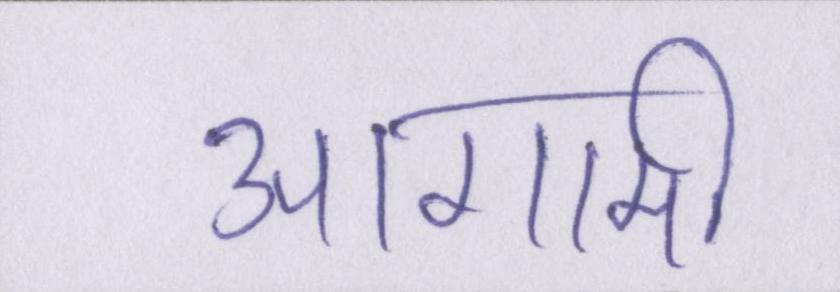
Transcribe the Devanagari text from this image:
आगामी